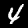
Label: 4